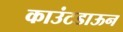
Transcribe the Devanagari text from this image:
काउंटडाऊन